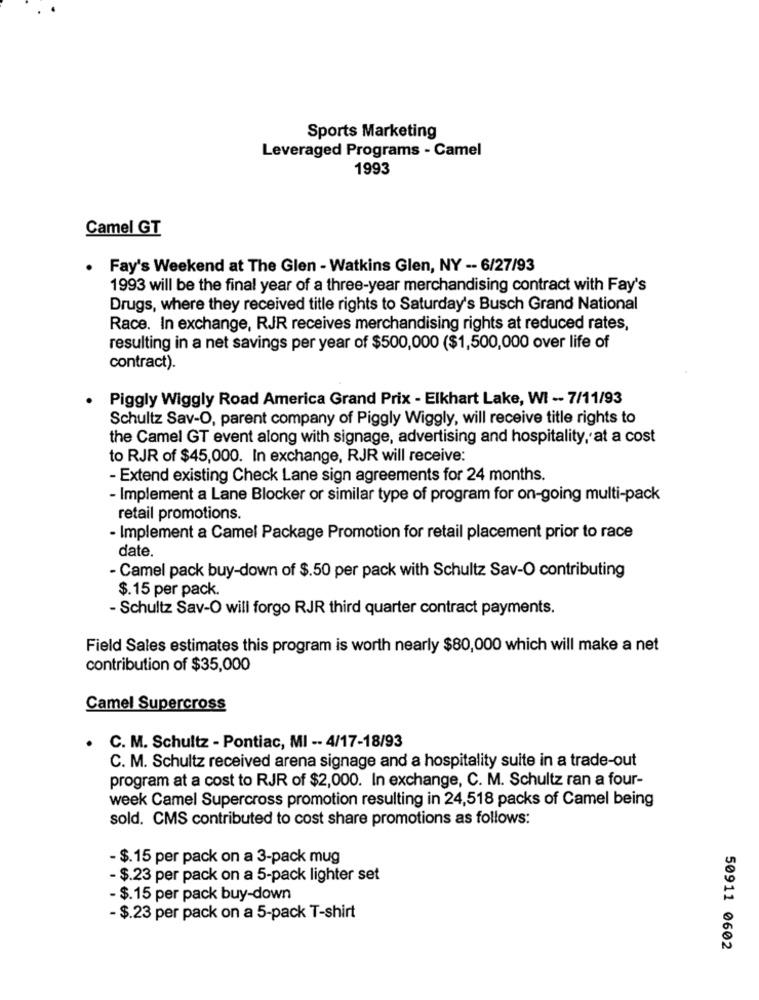
Sports Marketing
Leveraged Programs - Camel
1993
Camel GT
Fay's Weekend at The Glen - Watkins Glen, NY -- 6/27/93
1993 will be the final year of a three-year merchandising contract with Fay's
Drugs, where they received title rights to Saturday's Busch Grand National
Race. In exchange, RJR receives merchandising rights at reduced rates,
resulting in a net savings per year of $500,000 ($1,500,000 over life of
contract).
Piggly Wiggly Road America Grand Prix - Elkhart Lake, WI -- 7/11/93
Schultz Sav-O, parent company of Piggly Wiggly, will receive title rights to
the Camel GT event along with signage, advertising and hospitality, at a cost
to RJR of $45,000. In exchange, RJR will receive:
- Extend existing Check Lane sign agreements for 24 months.
- Implement a Lane Blocker or similar type of program for on-going multi-pack
retail promotions.
- Implement a Camel Package Promotion for retail placement prior to race
date.
- Camel pack buy-down of $.50 per pack with Schultz Sav-O contributing
$. 15 per pack.
- Schultz Sav-O will forgo RJR third quarter contract payments.
Field Sales estimates this program is worth nearly $80,000 which will make a net
contribution of $35,000
Camel Supercross
. C. M. Schultz - Pontiac, MI -- 4/17-18/93
C. M. Schultz received arena signage and a hospitality suite in a trade-out
program at a cost to RJR of $2,000. In exchange, C. M. Schultz ran a four-
week Camel Supercross promotion resulting in 24,518 packs of Camel being
sold. CMS contributed to cost share promotions as follows:
- $.15 per pack on a 3-pack mug
- $.23 per pack on a 5-pack lighter set
- $.15 per pack buy-down
- $.23 per pack on a 5-pack T-shirt
50911 0602